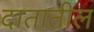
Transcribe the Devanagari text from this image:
दातातील